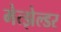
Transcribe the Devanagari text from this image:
मेत्झेल्डर